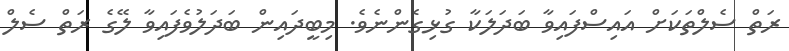
ރަތް ސެލްތަކަށް އައިސްފައިވާ ބަދަލަކާ ގުޅިގެންނެވެ. މިބީދައިން ބަދަލުވެފައިވާ ލޭގެ ރަތް ސެލް